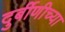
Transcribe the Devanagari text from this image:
दुर्बीणीच्या